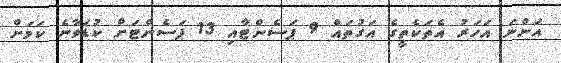
އަންނަ އަހަރު އެތަކެތީގެ އަގުތައް 9 ޕަސެންޓާއި 13 ޕަސެންޓަށް ކުޑަވާނެ ކަމަށް